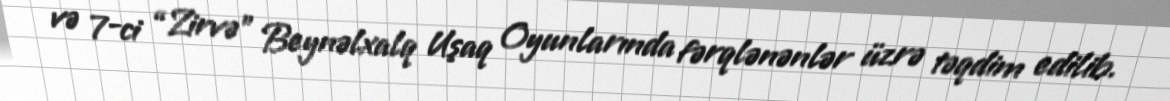
və 7-ci “Zirvə” Beynəlxalq Uşaq Oyunlarında fərqlənənlər üzrə təqdim edilib.